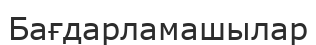
Бағдарламашылар